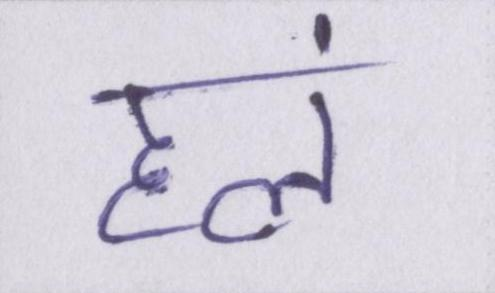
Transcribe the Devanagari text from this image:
हलं